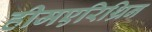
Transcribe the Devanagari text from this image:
हीमएरिथ्रिन